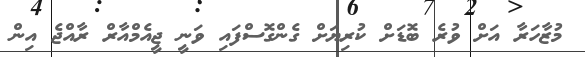
މުޒާހަރާ އަށް ވުރެ ބޮޑަށް ކުރިޔަށް ގެންގޮސްފައި ވަނީ ޖީއެމްއާރް ރާއްޖެ އިން